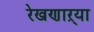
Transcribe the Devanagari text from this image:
रेखणाऱ्या